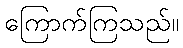
ကြောက်ကြသည်။